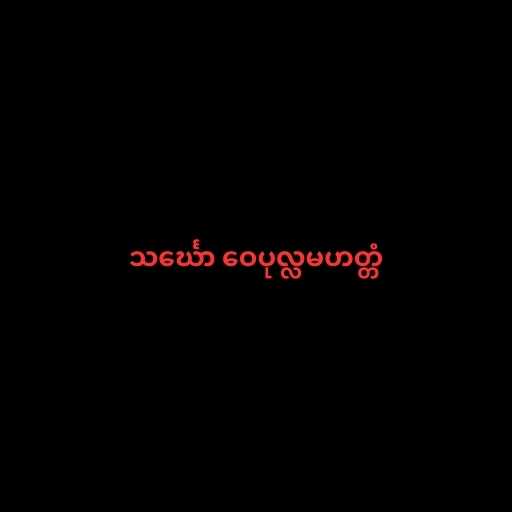
သင်္ဃော ဝေပုလ္လမဟတ္တံ